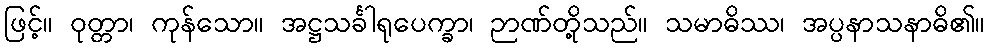
ဖြင့်။ ဝုတ္တာ၊ ကုန်သော။ အဋ္ဌသင်္ခါရုပေက္ခာ၊ ဉာဏ်တို့သည်။ သမာဓိဿ၊ အပ္ပနာသနာဓိ၏။